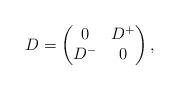
LaTeX: \begin{align*}D=\begin{pmatrix}0&D^+\\D^-&0\end{pmatrix},\end{align*}